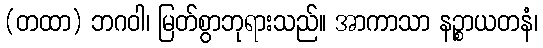
(တထာ) ဘဂဝါ၊ မြတ်စွာဘုရားသည်။ အာကာသာ နဉ္စာယတနံ၊